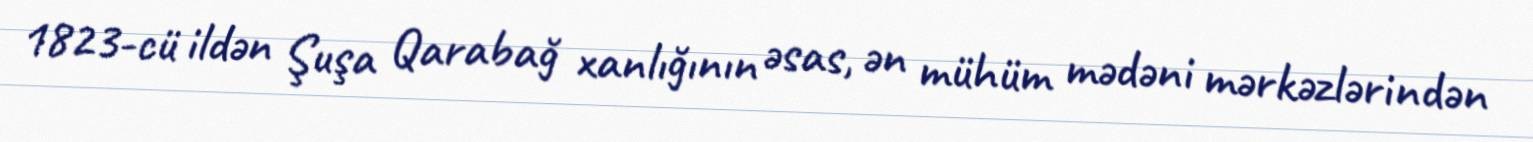
1823-cü ildən Şuşa Qarabağ xanlığının əsas, ən mühüm mədəni mərkəzlərindən